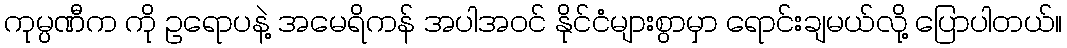
ကုမ္ပဏီက ကို ဥရောပနဲ့ အမေရိကန် အပါအဝင် နိုင်ငံများစွာမှာ ရောင်းချမယ်လို့ ပြောပါတယ်။